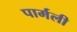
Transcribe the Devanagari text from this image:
पार्मली